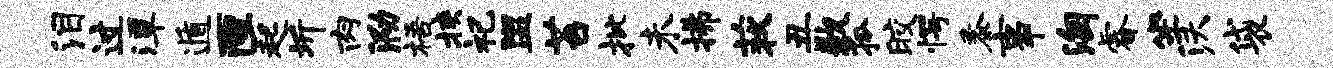
泪过潭遁匣起圻肉泐梧挟祀盥苔批未拂荻丑歉孤皎愕黍事淘睿坐沃袋